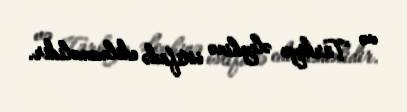
və Türkiyə əleyhinə istifadə edilməməlidir.